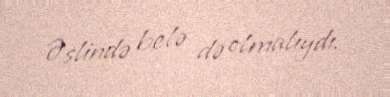
Əslində belə də olmalıydı.